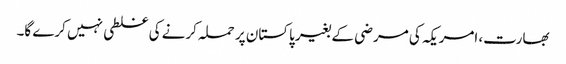
بھارت، امریکہ کی مرضی کے بغیر پاکستان پر حملہ کرنے کی غلطی نہیں کرے گا۔